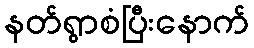
နတ်ရွာစံပြီးနောက်